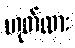
ဟုတ်လား